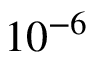
1 0 ^ { - 6 }